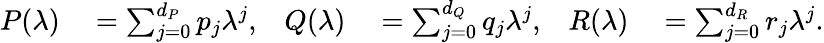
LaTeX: \begin{array}{rlrlrl}{P(\lambda)}&{{}=\sum_{j=0}^{d_{P}}p_{j}\lambda^{j},}&{Q(\lambda)}&{{}=\sum_{j=0}^{d_{Q}}q_{j}\lambda^{j},}&{R(\lambda)}&{{}=\sum_{j=0}^{d_{R}}r_{j}\lambda^{j}.}\end{array}